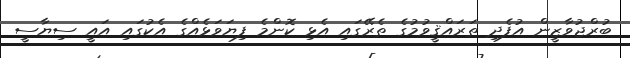
ބުރްޖުވާޒީން އުފެދި ތަރައްޤީވުމުގެ ތެރޭގައި އެޅި ކޮންމެ ފިޔަވަޅެއްގެ އެކުގައި އައީ ސިޔާސީ